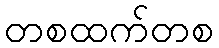
တစထက်တစ